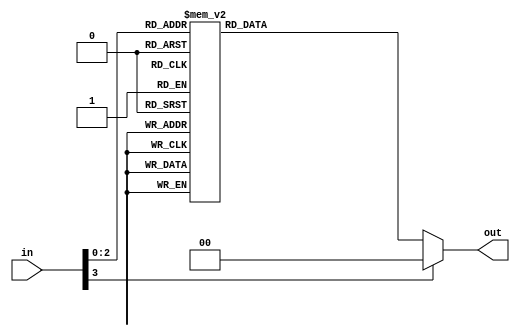
module fake_lut_17 (
    input [3:0] in,
    output reg [1:0] out
  );
  
  
  
  always @* begin
    
    case (in)
      4'h0: begin
        out = 2'h1;
      end
      4'h1: begin
        out = 2'h3;
      end
      4'h2: begin
        out = 2'h0;
      end
      4'h4: begin
        out = 2'h1;
      end
      4'h3: begin
        out = 2'h3;
      end
      4'h5: begin
        out = 2'h2;
      end
      4'h6: begin
        out = 2'h0;
      end
      4'h7: begin
        out = 2'h3;
      end
      default: begin
        out = 2'h0;
      end
    endcase
  end
endmodule